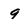
Character: 9